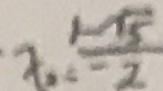
x _ { 2 } = \frac { 1 - \sqrt { 5 } } { - 2 }